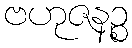
ဗဟုဇနဉ္စ